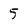
Character: 5